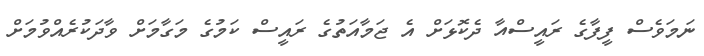
ނަމަވެސް ފީފާގެ ރައީސްއާ ދެކޮޅަށް އެ ޖަމާއަތުގެ ރައީސް ކަމުގެ މަގާމަށް ވާދަކުރެއްވުމަށް